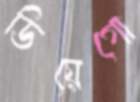
ডিয়েগো